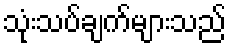
သုံးသပ်ချက်များသည်